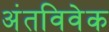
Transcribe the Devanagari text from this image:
अंतविवेक